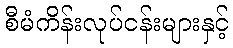
စီမံကိန်းလုပ်ငန်းများနှင့်